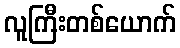
လူကြီးတစ်ယောက်